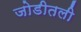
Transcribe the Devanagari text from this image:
जोडीतली